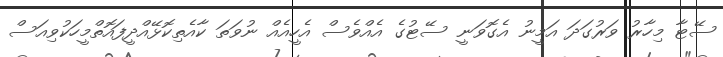
ސޭޓާ މިހާރު ވަރުގަދަ އަމީނު އެގޮވަނީ ސޭޓުގެ އެއްވެސް އެހީއެއް ނުވަތަ ކާއެތިކޮޅޭއްދީފައޮތްމީހަކުވިއަސް